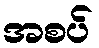
အစပ်